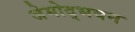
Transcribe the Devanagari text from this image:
जेमोद्भवन